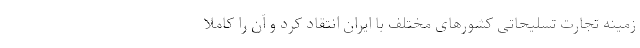
زمینه تجارت تسلیحاتی کشورهای مختلف با ایران انتقاد کرد و آن را کاملا